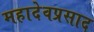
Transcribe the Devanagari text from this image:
महादेवप्रसाद